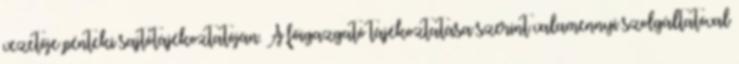
vezetője pénteki sajtótájékoztatóján. A főigazgató tájékoztatása szerint valamennyi szolgáltatóval